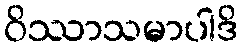
ဝိဿာသမာပါဒိ